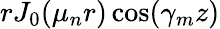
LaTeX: rJ_{0}(\mu_{n}r)\cos(\gamma_{m}z)